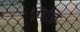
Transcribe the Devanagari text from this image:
पिडि